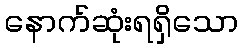
နောက်ဆုံးရရှိသော